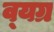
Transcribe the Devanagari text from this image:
व्‍यग्र